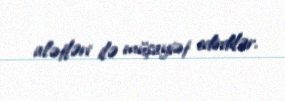
alətləri ilə müşayiət edirdilər.